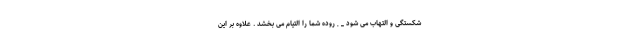
شکستگی و التهاب می شود _ , روده شما را التیام می بخشد . علاوه بر این